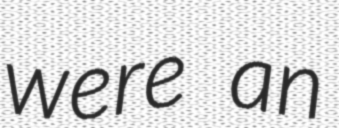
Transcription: were an